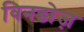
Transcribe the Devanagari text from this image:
विनडोज़